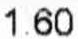
1.60